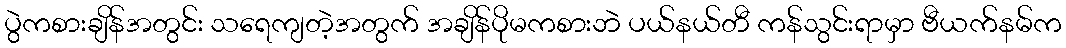
ပွဲကစားချိန်အတွင်း သရေကျတဲ့အတွက် အချိန်ပိုမကစားဘဲ ပယ်နယ်တီ ကန်သွင်းရာမှာ ဗီယက်နမ်က